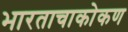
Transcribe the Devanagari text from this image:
भारताचाकोकण